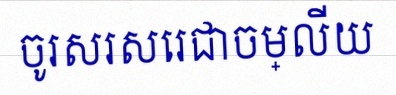
ចូរសរសេរជាចម្លើយ